Civil Veterinary Department Bengal reports 1933-51 - 1933-1951
Year: 1933
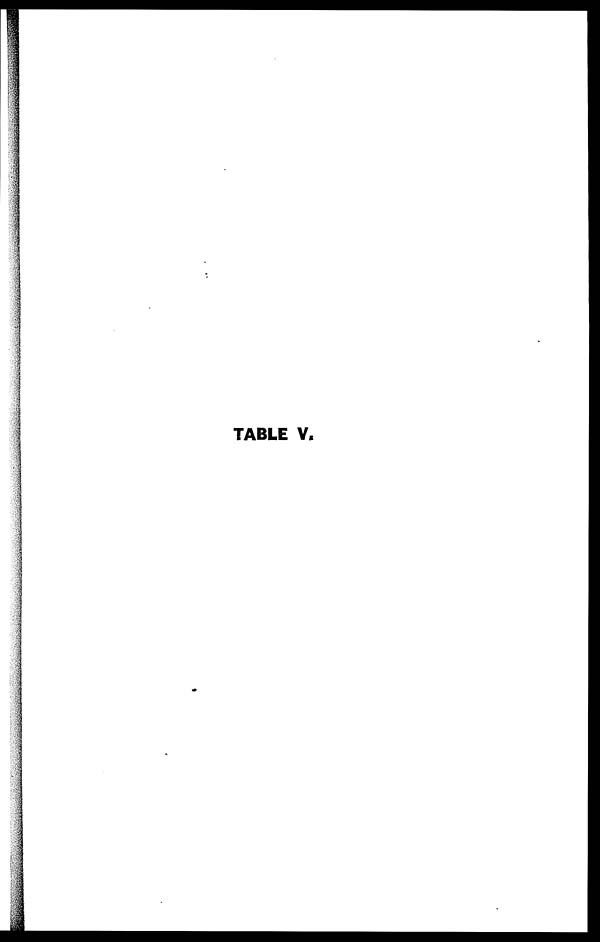
TABLE V.